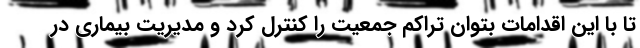
تا با این اقدامات بتوان تراکم جمعیت را کنترل کرد و مدیریت بیماری در